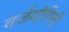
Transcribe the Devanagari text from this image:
वर्जयोगिनी